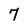
Character: 7